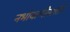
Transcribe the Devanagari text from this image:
नभोवाणीसाठी